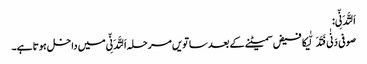
اَلتَّدَنِّی:
صوفی دَنٰی فَتَدَلّٰیکا فیض سمیٹنے کے بعد ساتویں مرحلہ اَلتَّدَنِّی میں داخل ہوتا ہے۔